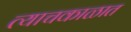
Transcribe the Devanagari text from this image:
त्याचकाळात